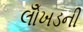
લોઁખડની